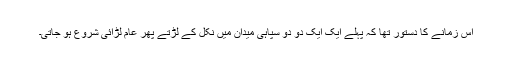
اس زمانے کا دستور تھا کہ پہلے ایک ایک دو دو سپاہی میدان میں نکل کے لڑتے پھر عام لڑائی شروع ہو جاتی۔